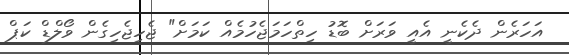
އަހަރެން ދެކެނީ އެއީ ވަރަށް ބޮޑު ހިތްހަމަޖެހުމެއް ކަމަށް" ޖެހިޖެހިގެން ވޯލްޑް ކަޕް